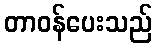
တာဝန်ပေးသည်